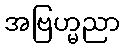
အဗြဟ္မညာ